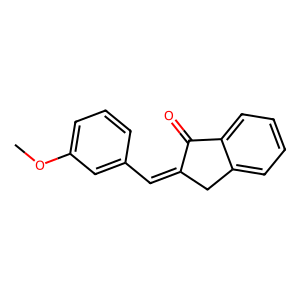
SMILES: COc1cccc(C=C2Cc3ccccc3C2=O)c1
Inhibits HIV replication: No